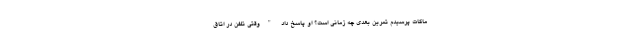
ماگات پرسیدم تمرین بعدی چه زمانی است؟ او پاسخ داد "وقتی تلفن در اتاق